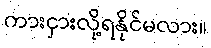
ကားငှားလို့ရနိုင်မလား။